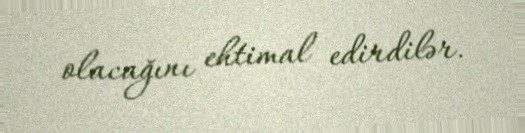
olacağını ehtimal edirdilər.